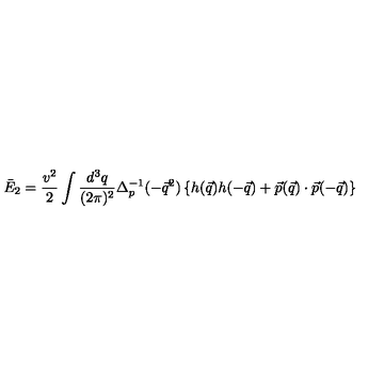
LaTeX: \bar { E } _ { 2 } = \frac { v ^ { 2 } } { 2 } \int \frac { d ^ { 3 } q } { ( 2 \pi ) ^ { 2 } } \Delta _ { p } ^ { - 1 } ( - \vec { q } ^ { 2 } ) \left\{ h ( \vec { q } ) h ( - \vec { q } ) + \vec { p } ( \vec { q } ) \cdot \vec { p } ( - \vec { q } ) \right\}